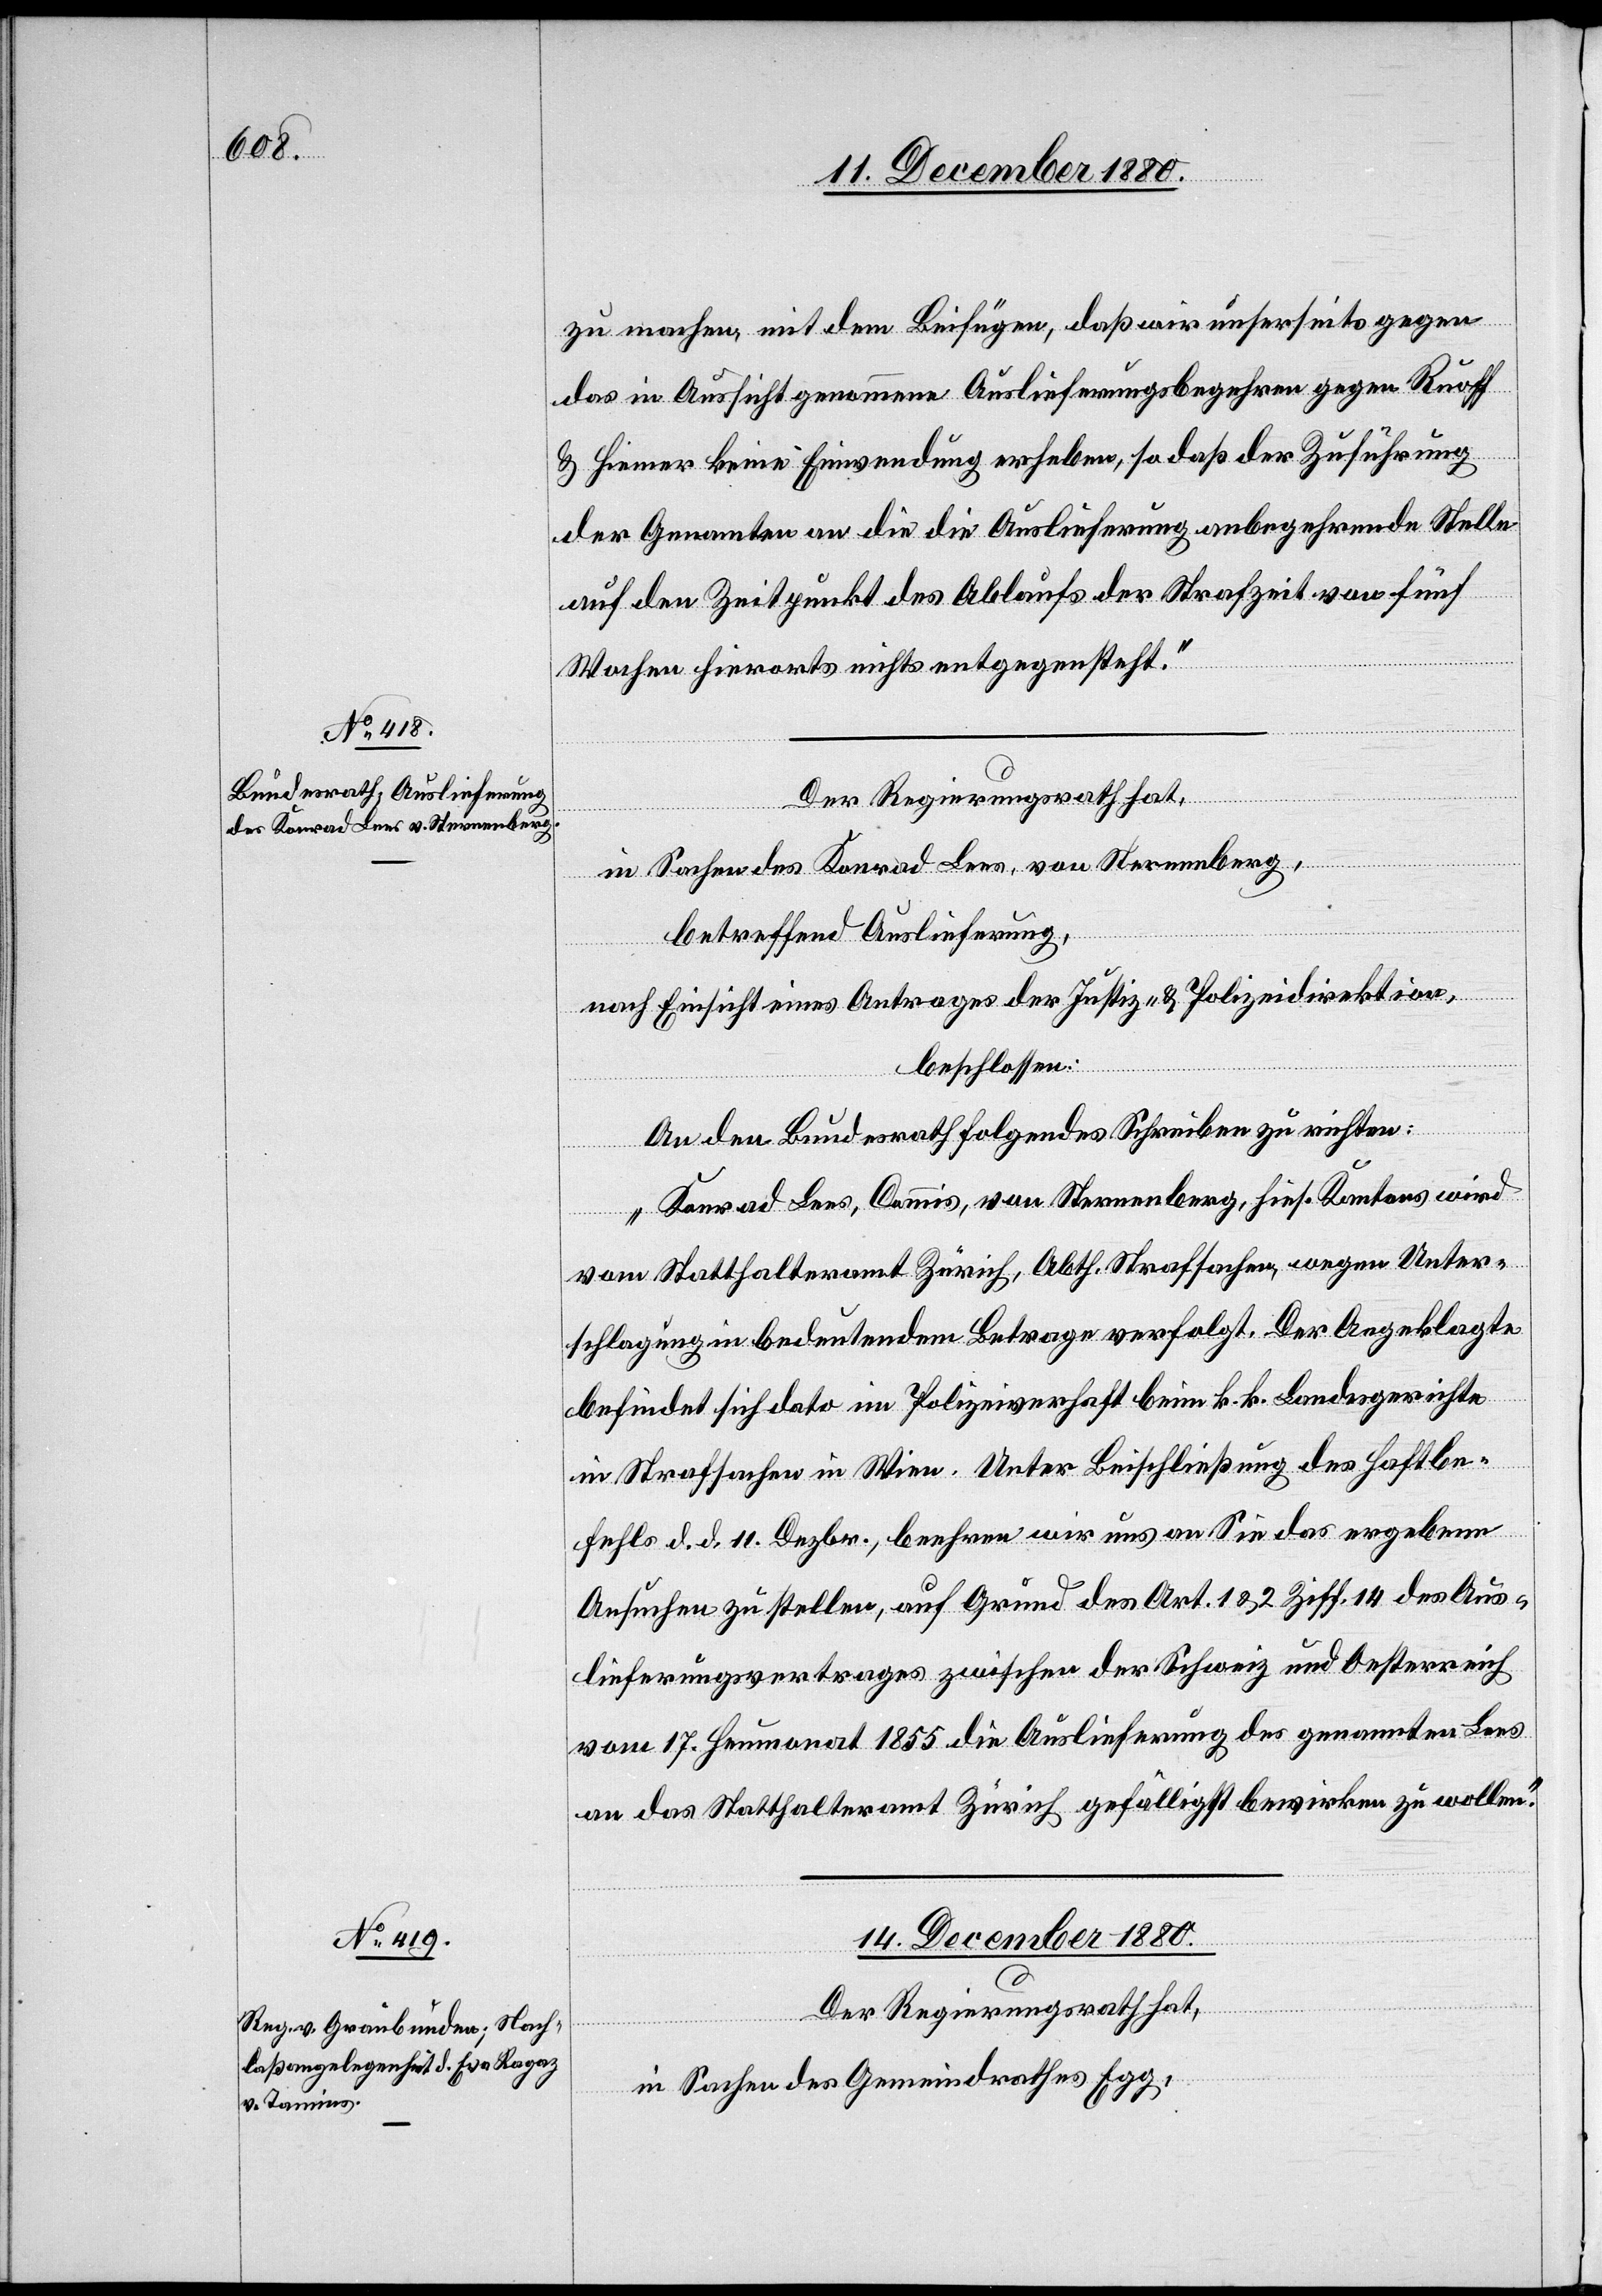
zu machen, mit dem Beifügen, daß wir unserseits gegen
das in Aussicht genommene Auslieferungsbegehren gegen Ruoff
& Hiemer keine Einwendung erheben, so daß der Zuführung
der Genannten an die die Auslieferung anbegehrende Stelle
auf den Zeitpunkt des Ablaufs der Strafzeit von fünf
Wochen hierorts nichts entgegensteht.“
in Sachen des Konrad Lees, von Sternenberg,
betreffend Auslieferung,
nach Einsicht eines Antrages der Justiz- & Polizeidirektion
beschlossen:
An den Bundesrath folgendes Schreiben zu richten:
„Konrad Lees, Commis, von Sternenberg, hies. Kantons wird
vom Statthalteramt Zürich, Abth. Strafsachen, wegen Unter¬
schlagung in bedeutendem Betrage verfolgt. Der Angeklagte
befindet sich dato im Polizeiverhaft beim k. k. Landesgerichte
in Strafsachen in Wien. Unter Beischließung des Haftbe¬
fehls d. d. 11. Dezbr., beehren wir uns an Sie das ergebene
Ansuchen zu stellen, auf Grund des Art. 1 & 2, Ziff. 14 des Aus¬
lieferungsvertrages zwischen der Schweiz und Oesterreich
vom 17. Heumonat 1855 die Auslieferung des genannten Lees
an das Statthalteramt Zürich gefälligst bewirken zu wollen.“
14. December 1880.
Der Regierungsrath hat,
in Sachen des Gemeindrathes Egg,